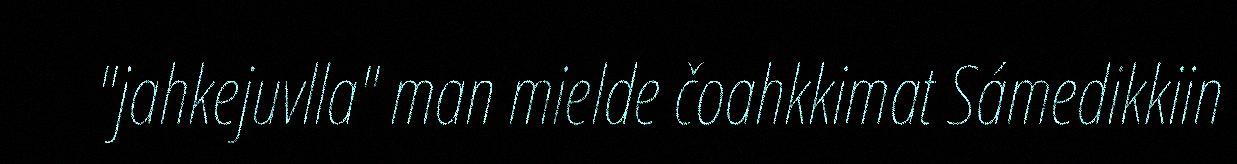
"jahkejuvlla" man mielde čoahkkimat Sámedikkiin